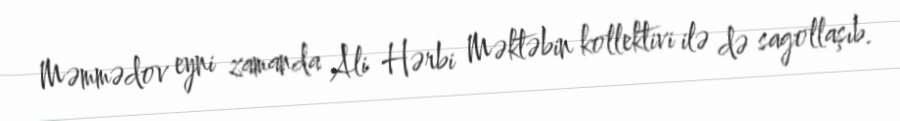
Məmmədov eyni zamanda Ali Hərbi Məktəbin kollektivi ilə də sagollaşıb.